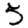
Digit: 5